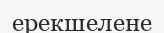
ерекшелене